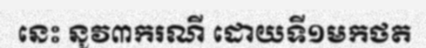
នេះ នូវ៣ករណី ដោយទី១មកថត